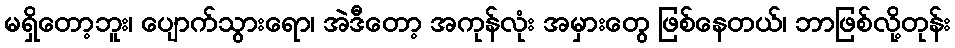
မရှိတော့ဘူး၊ ပျောက်သွားရော၊ အဲဒီတော့ အကုန်လုံး အမှားတွေ ဖြစ်နေတယ်၊ ဘာဖြစ်လို့တုန်း